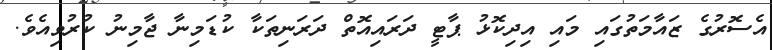
އެސޮރުގެ ޒައާމަތުގައި މައި އިދިކޮޅު ޕާޓީ ދަރައިއޮތް ދަރަނިތަކާ ކުޑަމިނާ ޖާމިނު ކުރުވިއެވެ.